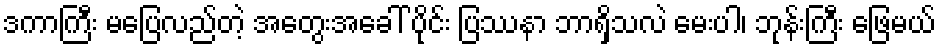
ဒကာကြီး မပြေလည်တဲ့ အတွေးအခေါ် ပိုင်း ပြဿနာ ဘာရှိသလဲ မေးပါ၊ ဘုန်းကြီး ဖြေမယ်